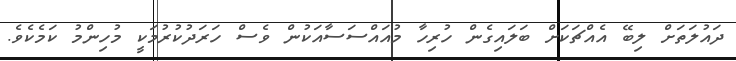
ދައުލަތަށް ލިބޭ އެއްޗަކަށް ބަލައިގެން ހުރިހާ މުއައްސަސާއަކުން ވެސް ހަރަދުކުރުމަކީ މުހިންމު ކަމެކެވެ.